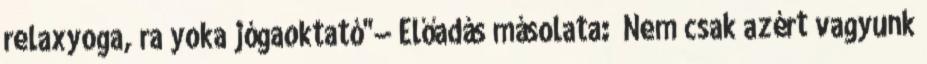
relaxyoga, ra’yoka jógaoktató"— Előadás másolata: „Nem csak azért vagyunk